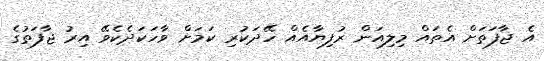
އެ ޖާފަތަށް އެތައް މިލިއަން ރުފިޔާއެއް ހޭދަކުރި ކަމަށް ވާހަކަދެކެވޭ އިރު ޖާފަތުގެ